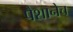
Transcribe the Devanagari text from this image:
पैशानेच